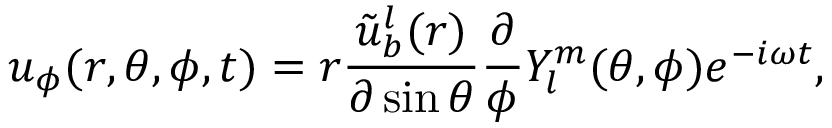
u _ { \phi } ( r , \theta , \phi , t ) = r \frac { \tilde { u } _ { b } ^ { l } ( r ) } { \partial \sin \theta } \frac { \partial } { \phi } Y _ { l } ^ { m } ( \theta , \phi ) e ^ { - i \omega t } ,